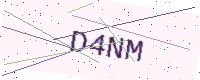
Text: D4NM